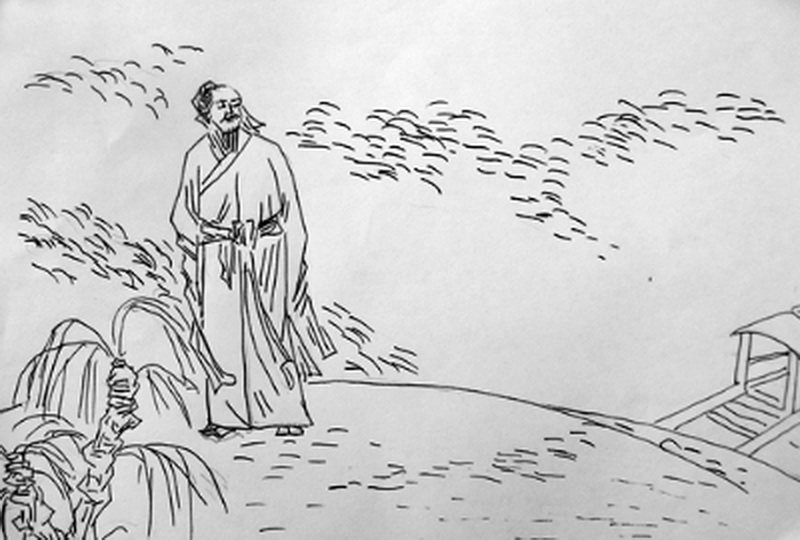
吾未闻枉己而正人者也，况辱已以正天下者乎。